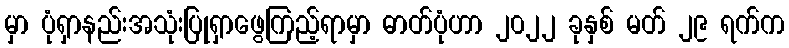
မှာ ပုံရှာနည်းအသုံးပြုရှာဖွေကြည့်ရာမှာ ဓာတ်ပုံဟာ ၂၀၂၂ ခုနှစ် မတ် ၂၉ ရက်က